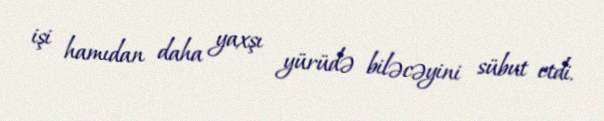
işi hamıdan daha yaxşı yürüdə biləcəyini sübut etdi.